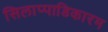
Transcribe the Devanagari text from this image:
सिलाप्पाडिकारम